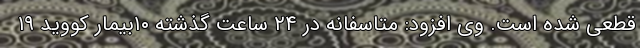
قطعی شده است. وی افزود: متاسفانه در ۲۴ ساعت گذشته ۱۰بیمار کووید ۱۹